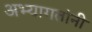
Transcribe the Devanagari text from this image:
अभ्यागतांनी